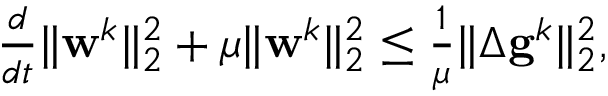
\begin{array} { r } { \frac { d } { d t } \| \mathbf { w } ^ { k } \| _ { 2 } ^ { 2 } + \mu \| \mathbf { w } ^ { k } \| _ { 2 } ^ { 2 } \leq \frac { 1 } { \mu } \| \Delta \mathbf { g } ^ { k } \| _ { 2 } ^ { 2 } , } \end{array}